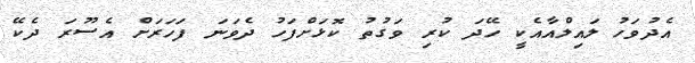
އެދުވަހު ލައިލްއާއެކީ ހޭދަ ކުރި ވަގުތު ކޮޅަށްފަހު ދެވަނަ ފަހަރަށް އެސޫރަ ދެކޭ